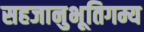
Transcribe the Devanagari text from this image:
सहजानुभूतिगम्य